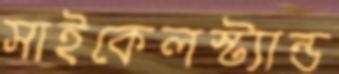
সাইকেলস্ট্যান্ড